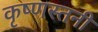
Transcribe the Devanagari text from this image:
कृष्णस्तनी